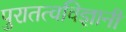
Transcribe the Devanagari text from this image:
पुरातत्वविज्ञानी